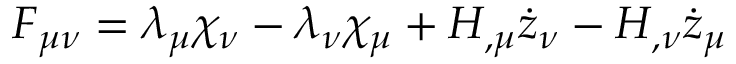
F _ { \mu \nu } = \lambda _ { \mu } \chi _ { \nu } - \lambda _ { \nu } \chi _ { \mu } + H _ { , \mu } \dot { z } _ { \nu } - H _ { , \nu } \dot { z } _ { \mu }